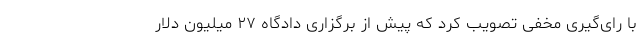
با رای‌گیری مخفی تصویب کرد که پیش از برگزاری دادگاه ۲۷ میلیون دلار